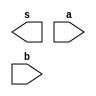
// ------------------------- 
// Exemplo0011 - BASE 
// Nome: Andre Henriques Fernandes 
// ------------------------- 
 
// ------------------------- 
//  f4_gate 
// ------------------------- 
module f4 (output [3:0] s, 
                    input  [3:0] a, 
                    input  [3:0] b); 
 
// descrever por portas 
 
endmodule // f4 

module xorgate (output [3:0] s, input [3:0] a, input [3:0] b);
	assign s = a ^ b;
endmodule

module xnorgate (output [3:0] s, input [3:0] a, input [3:0] b);
	assign s = ~(a ^ b);
endmodule

module orgate (output [3:0] s, input [3:0] a, input [3:0] b);
	assign s = a | b;
endmodule

module norgate (output [3:0] s, input [3:0] a, input [3:0] b);
	assign s = ~(a | b);
endmodule

module notgate (output [3:0] s, input [3:0] a);
	assign s = ~a;
endmodule

module andgate (output [3:0] s, input [3:0] a, input [3:0] b);
	assign s = a & b;
endmodule

module exemplo32;
	reg [3:0] a;
	reg [3:0] b;
	reg [3:0] chave;
	wire [3:0] s1;
	wire [3:0] s2;
	wire [3:0] s3;
	wire [3:0] s4;
	wire [3:0] w1;
	wire [3:0] w2;
	wire [3:0] w3;
	wire [3:0] w4;
	wire [3:0] w5;
	wire [3:0] w6;
	
	xnorgate XNOR1 (w1,a,b);
	xorgate XOR1 (w2,a,b);
	orgate OR1 (w3,a,b);
	norgate NOR1 (w4,a,b);
	notgate NOT1 (w5, chave);
	notgate NOT2 (w6, chave);
	andgate AND1 (s1,chave,w1);
	andgate AND2 (s2,chave,w2);
	andgate AND3 (s3,w5,w3);
	andgate AND4 (s4,w6,w4);
	
	initial begin
	 
      $display("Exemplo0032 - Andre Henriques Fernandes - 427386"); 
      $display("Test LU's module"); 
		
 		$display("a     b  chave XNOR XOR  OR   NOR");
		
		$monitor("%4b %4b %4b %4b %4b %4b %4b",a,b,chave,s1,s2,s3,s4);
		
      a = 4'b0000; b = 4'b0000; chave=4'b0000;
 
   #1 a = 4'b0001; b = 4'b1010; chave=4'b1010; 
			
	#1 a = 4'b0010; b = 4'b1001; chave=4'b1100; 
	
	#1 a = 4'b0011; b = 4'b1000; chave=4'b0011;
	 
	#1 a = 4'b0100; b = 4'b0111; chave=4'b1001;
	
	#1 a = 4'b0101; b = 4'b0110; chave=4'b0100; 
	
	#1 a = 4'b0110; b = 4'b0101; chave=4'b0010;
	
	#1 a = 4'b0111; b = 4'b0100; chave=4'b1111; 
	
	#1 a = 4'b1000; b = 4'b0011; chave=4'b1101; 
	
	#1 a = 4'b1001; b = 4'b0010; chave=4'b1110;
	
	#1 a = 4'b1010; b = 4'b0001; chave=4'b1011;
	
 
   end 
 
endmodule // test_f4